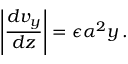
\left| \frac { d v _ { y } } { d z } \right| = \epsilon \alpha ^ { 2 } y \, .